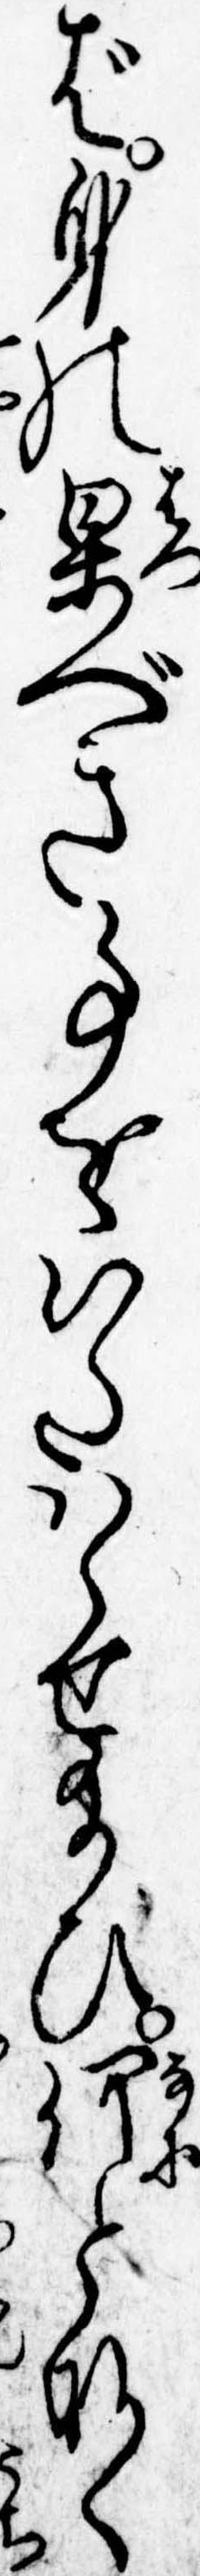
ば身の果べき事をいたはらせ給ひ何となく